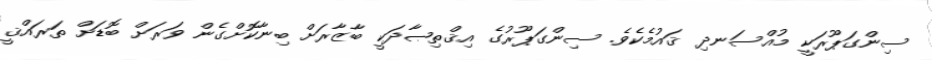
ސިންގަޕޫރަކީ މުއްސަނދި ޤައުމެކެވެ. ސިންގަޕޫރުގެ އިޤްތިޞާދަކީ ބާޒާރަށް ބިނާކޮށްގެން ވަރަށް ބޮޑަށް ތަރައްޤީ